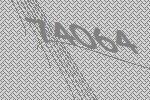
74064